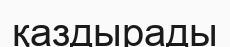
қаздырады